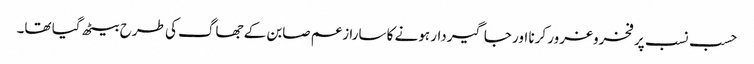
حسب نسب پر فخروغرور کرنا اور جاگیردار ہونے کا سارا زعم صابن کے جھاگ کی طرح بیٹھ گیا تھا۔